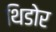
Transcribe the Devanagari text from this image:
थिडोर